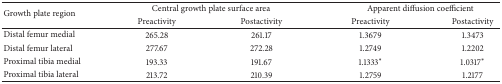
| <ROWSPAN=2> Growth plate region | <COLSPAN=2> Central growth plate surface area | <COLSPAN=2> Apparent diffusion coefficient |
 | Preactivity | Postactivity | Preactivity | Postactivity |
 | --- | --- | --- | --- | --- |
 | Distal femur medial | 265.28 | 261.17 | 1.3679 | 1.3473 |
 | Distal femur lateral | 277.67 | 272.28 | 1.2749 | 1.2202 |
 | Proximal tibia medial | 193.33 | 191.67 | 1.1333∗ | 1.0317∗ |
 | Proximal tibia lateral | 213.72 | 210.39 | 1.2759 | 1.2177 |